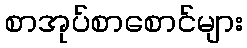
စာအုပ်စာစောင်များ